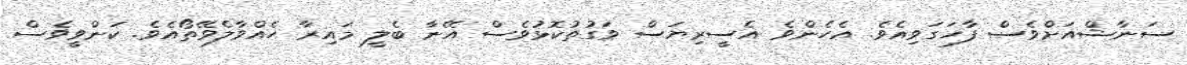
ސަނާޝްއަށްވެސް ފާހަގަވިއެވެ. އެހެންވެ އެސީރިޔަސް ވަގުތުކޮޅުވެސް އޭނާ ބެލީ މައިރާ ހެއްވާލެވޭތޯއެވެ. ކަންވީވެސް